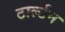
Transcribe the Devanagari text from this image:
टार्ल्टन